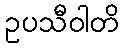
ဥပသီဝါတိ